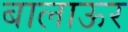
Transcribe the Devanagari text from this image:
बालाऊर